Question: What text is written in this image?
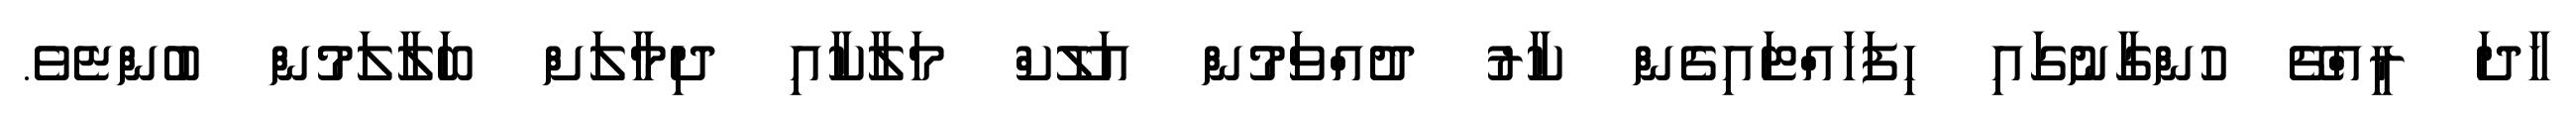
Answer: ހާދަ ރީއްޗޭ ހުންގާނުގައި ހިފަހައްޓައިގެން ކާރު ދުއްވަމުން އަލޫކް މަލާކާއި ދިމާލަށް ބަލާލަމުން ބުންޏެވެ.